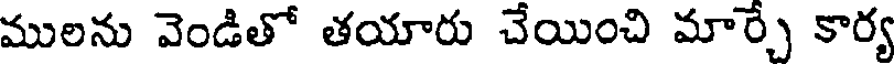
ములను వెండితో తయారు చేయించి మార్చే కార్య